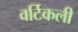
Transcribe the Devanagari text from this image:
वर्टिकली